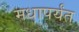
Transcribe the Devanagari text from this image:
मधापर्यंत